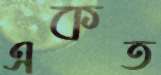
একত